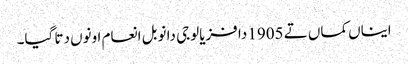
ایناں کماں تے 1905 دا فزیالوجی دا نوبل انعام اونوں دتا گیا۔